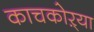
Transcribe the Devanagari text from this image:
काचकोऱ्या